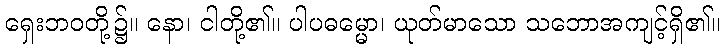
ရှေးဘဝတို့၌။ နော၊ ငါတို့၏။ ပါပဓမ္မော၊ ယုတ်မာသော သဘောအကျင့်ရှိ၏။